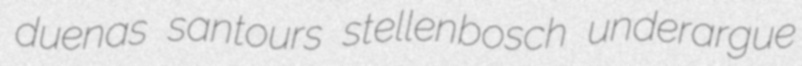
duenas santours stellenbosch underargue